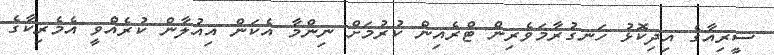
ސީރިއާގެ އިދިކޮޅު ހަނގުރާމަވެރިން ޓްރެއިން ކުރުމަށް ނިންމާ އެކަން އިއުލާން ކުރެއްވީ އެމެރިކާގެ